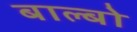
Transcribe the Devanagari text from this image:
बाल्बो